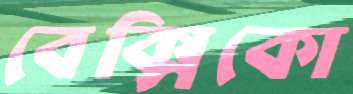
বেক্সিকো